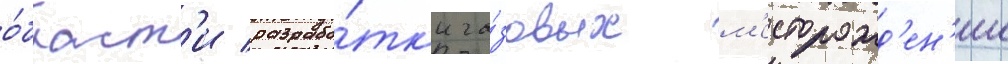
о́бласт'и разрабо́тк'и га́зовых м'есторожд'ен'ии